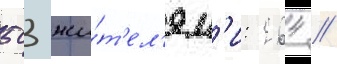
503 жи́т'ел'ям'и: 264 //